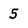
Character: 5